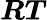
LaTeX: {\boldsymbol{R}}{\boldsymbol{T}}